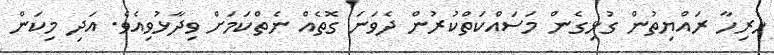
ހުރިހާ ރައްޔިތުން ގުޅިގެން މަސައްކަތްކުރުން ދެވަނަ ގޮތެއް ނެތްކަމަށް ވިދާޅުވިއެވެ. އަދި މިކަން